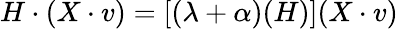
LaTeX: H\cdot(X\cdot v)=[(\lambda+\alpha)(H)](X\cdot v)